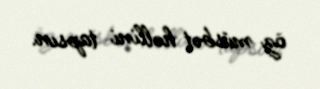
öz müsbət həllini tapsın.